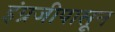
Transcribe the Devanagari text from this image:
इंग्रजीपासून